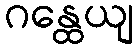
ဂန္ထေယျ